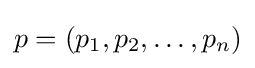
p=(p_{1},p_{2},\ldots ,p_{n})